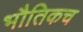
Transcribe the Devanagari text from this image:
भौतिकच